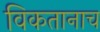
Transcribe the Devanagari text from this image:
विकतानाच